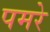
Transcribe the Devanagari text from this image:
पमरे